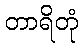
တာရိတုံ